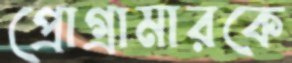
প্রোগ্রামারকে